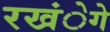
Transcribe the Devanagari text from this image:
रखंेगे